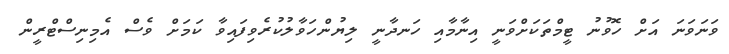
ވަނަވަނަ އަށް ހޮވުނު ޓީމްތަކަށްވަނީ އިނާމާއި ހަނދާނީ ލިޔުންހަވާލުކުރެވިފައިވާ ކަމަށް ވެސް އެމިނިސްޓްރީން